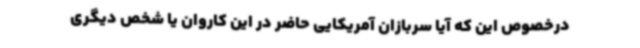
درخصوص این که آیا سربازان آمریکایی حاضر در این کاروان یا شخص دیگری